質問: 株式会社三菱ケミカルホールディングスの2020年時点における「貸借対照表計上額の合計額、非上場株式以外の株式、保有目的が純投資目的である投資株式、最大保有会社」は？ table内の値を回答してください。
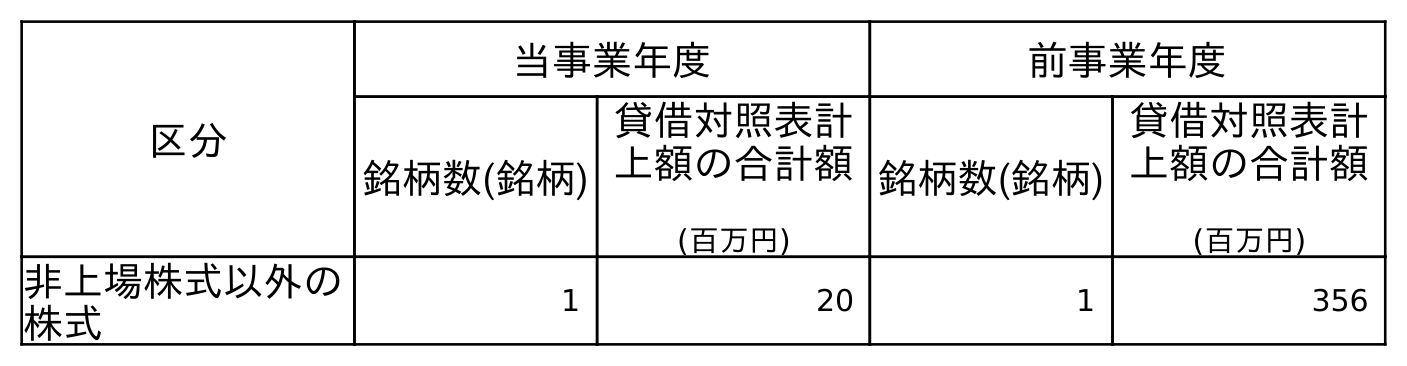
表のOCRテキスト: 区分 当事業年度 前事業年度 銘柄数(銘柄) 貸借対照表計 上額の合計額 (百万円) 銘柄数(銘柄) 貸借対照表計 上額の合計額 (百万円) 非上場株式以外の 株式 1 20 1 356
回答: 20